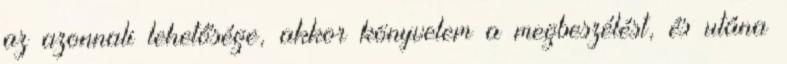
az azonnali lehetősége, akkor könyvelem a megbeszélést, és utána